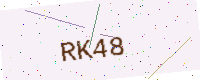
Text: RK48